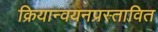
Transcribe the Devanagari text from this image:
क्रियान्वयनप्रस्तावित